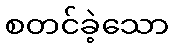
စတင်ခဲ့သော